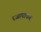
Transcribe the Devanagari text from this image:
रजापाकर